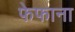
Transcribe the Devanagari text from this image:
फेफाना